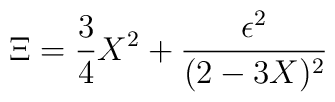
\Xi = {3 \over 4} X^2  +  {\epsilon ^2  \over (2- 3X) ^2}